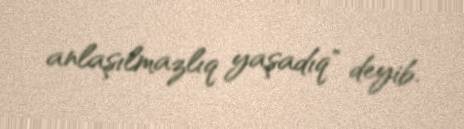
anlaşılmazlıq yaşadıq" deyib.